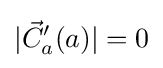
|{\vec {C}}_{a}'(a)|=0